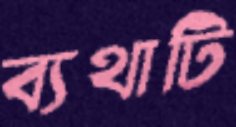
ব্যথাটি